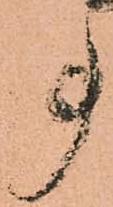
事